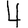
Digit: 4